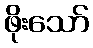
ဖိုးသော်